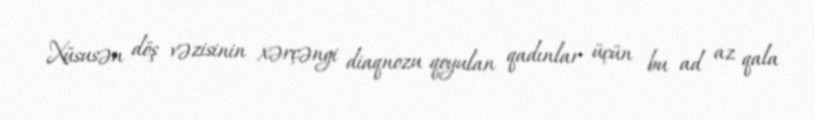
Xüsusən döş vəzisinin xərçəngi diaqnozu qoyulan qadınlar üçün bu ad az qala